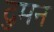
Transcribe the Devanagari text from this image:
दुमन